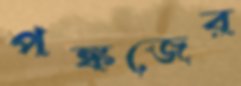
পঙ্কজের